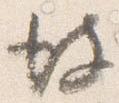
彼